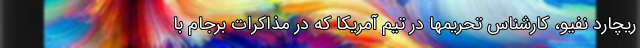
ریچارد نفیو، کارشناس تحریمها در تیم آمریکا که در مذاکرات برجام با